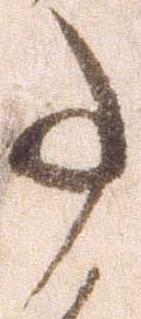
事